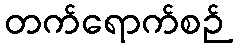
တက်ရောက်စဉ်